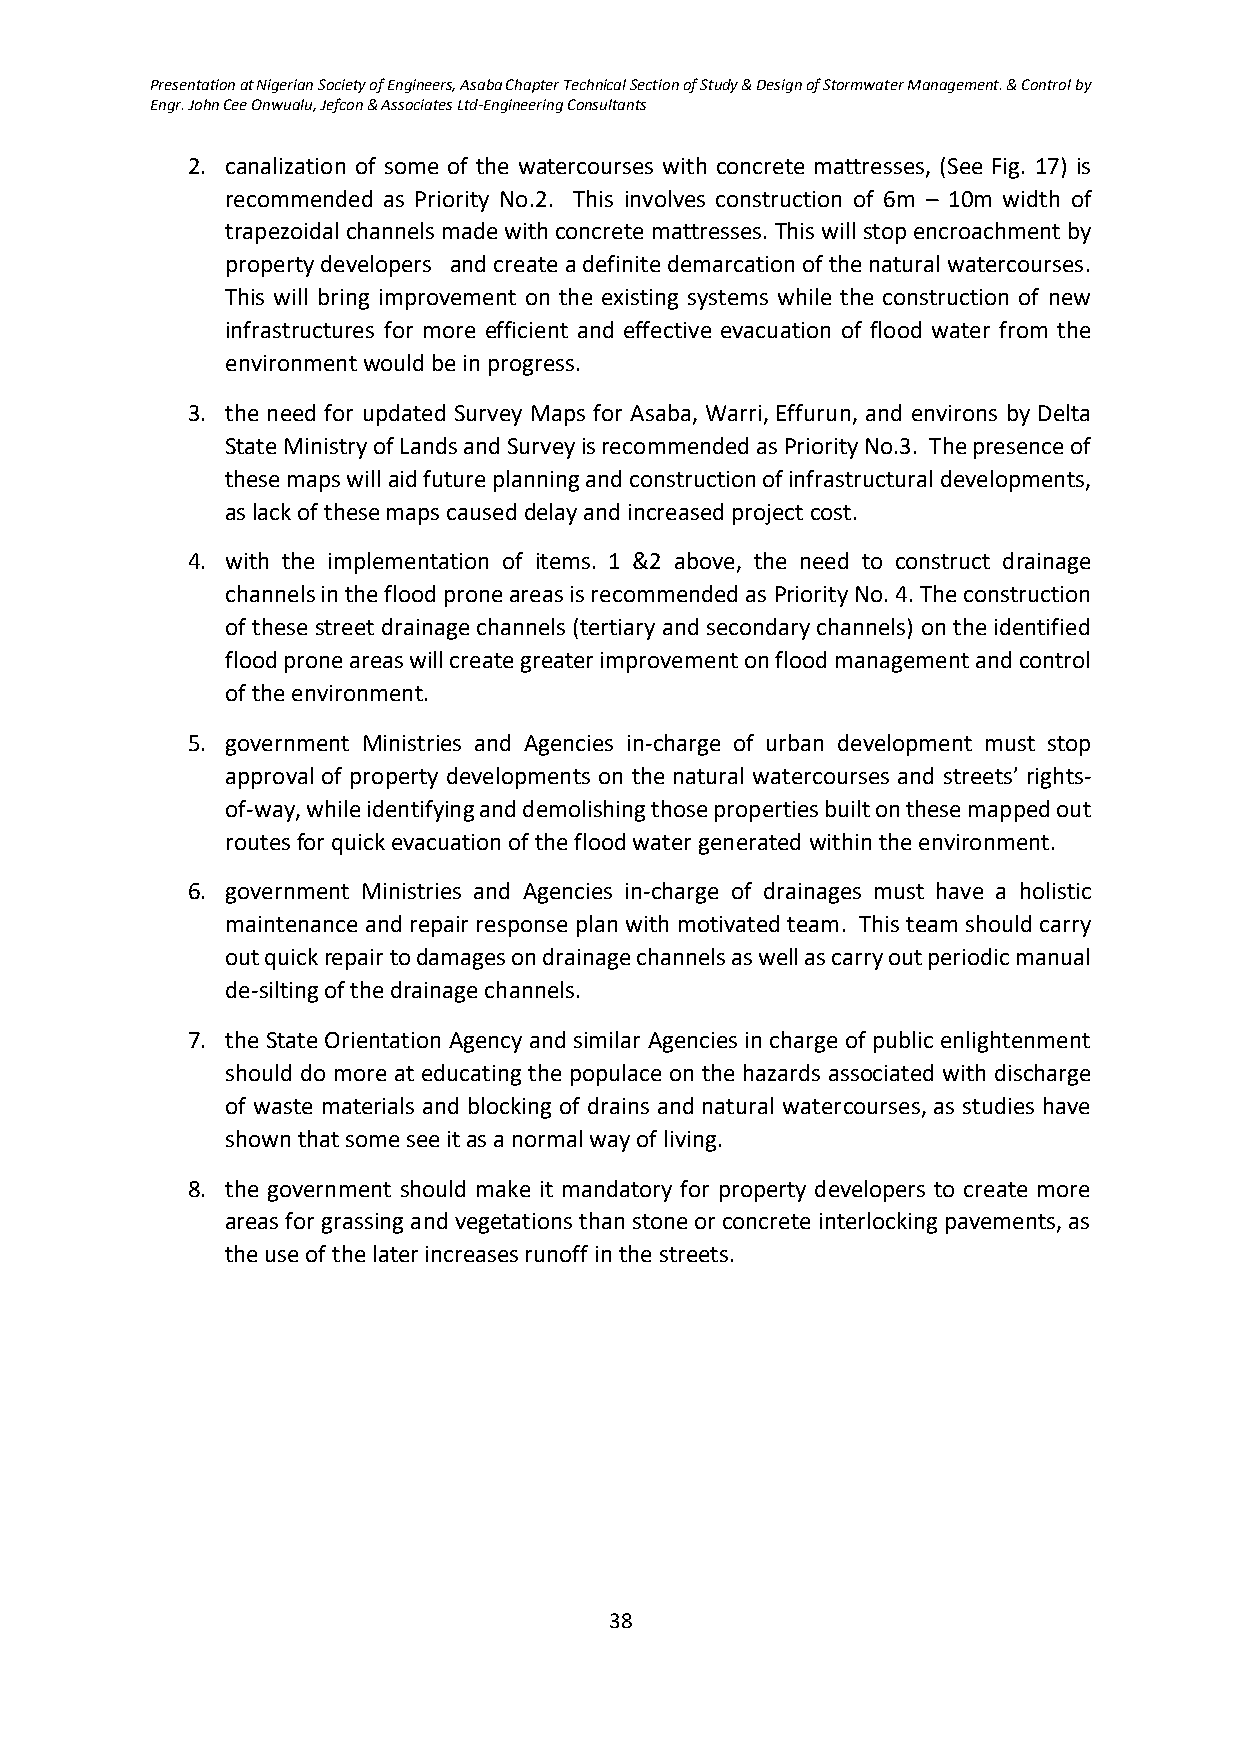
Presentation at Nigerian Society of Engineers, Asaba Chapter Technical Section of Study & Design of Stormwater Management. & Control by
 Engr. John Cee Onwualu, Jefcon & Associates Ltd-Engineering Consultants
 2. canalization of some of the watercourses with concrete mattresses, (See Fig. 17) is
 recommended as Priority No.2. This involves construction of 6m – 10m width of
 trapezoidal channels made with concrete mattresses. This will stop encroachment by
 property developers and create a definite demarcation of the natural watercourses.
 This will bring improvement on the existing systems while the construction of new
 infrastructures for more efficient and effective evacuation of flood water from the
 environment would be in progress.
 3. the need for updated Survey Maps for Asaba, Warri, Effurun, and environs by Delta
 State Ministry of Lands and Survey is recommended as Priority No.3. The presence of
 these maps will aid future planning and construction of infrastructural developments,
 as lack of these maps caused delay and increased project cost.
 4. with the implementation of items. 1 &2 above, the need to construct drainage
 channels in the flood prone areas is recommended as Priority No. 4. The construction
 of these street drainage channels (tertiary and secondary channels) on the identified
 flood prone areas will create greater improvement on flood management and control
 of the environment.
 5. government Ministries and Agencies in-charge of urban development must stop
 approval of property developments on the natural watercourses and streets’ rights-
 of-way, while identifying and demolishing those properties built on these mapped out
 routes for quick evacuation of the flood water generated within the environment.
 6. government Ministries and Agencies in-charge of drainages must have a holistic
 maintenance and repair response plan with motivated team. This team should carry
 out quick repair to damages on drainage channels as well as carry out periodic manual
 de-silting of the drainage channels.
 7. the State Orientation Agency and similar Agencies in charge of public enlightenment
 should do more at educating the populace on the hazards associated with discharge
 of waste materials and blocking of drains and natural watercourses, as studies have
 shown that some see it as a normal way of living.
 8. the government should make it mandatory for property developers to create more
 areas for grassing and vegetations than stone or concrete interlocking pavements, as
 the use of the later increases runoff in the streets.
 38